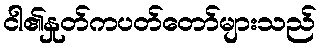
ငါ၏နှုတ်ကပတ်တော်များသည်